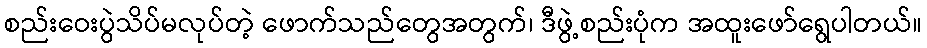
စည်းဝေးပွဲသိပ်မလုပ်တဲ့ ဖောက်သည်တွေအတွက်၊ ဒီဖွဲ့စည်းပုံက အထူးဖော်ရွေပါတယ်။